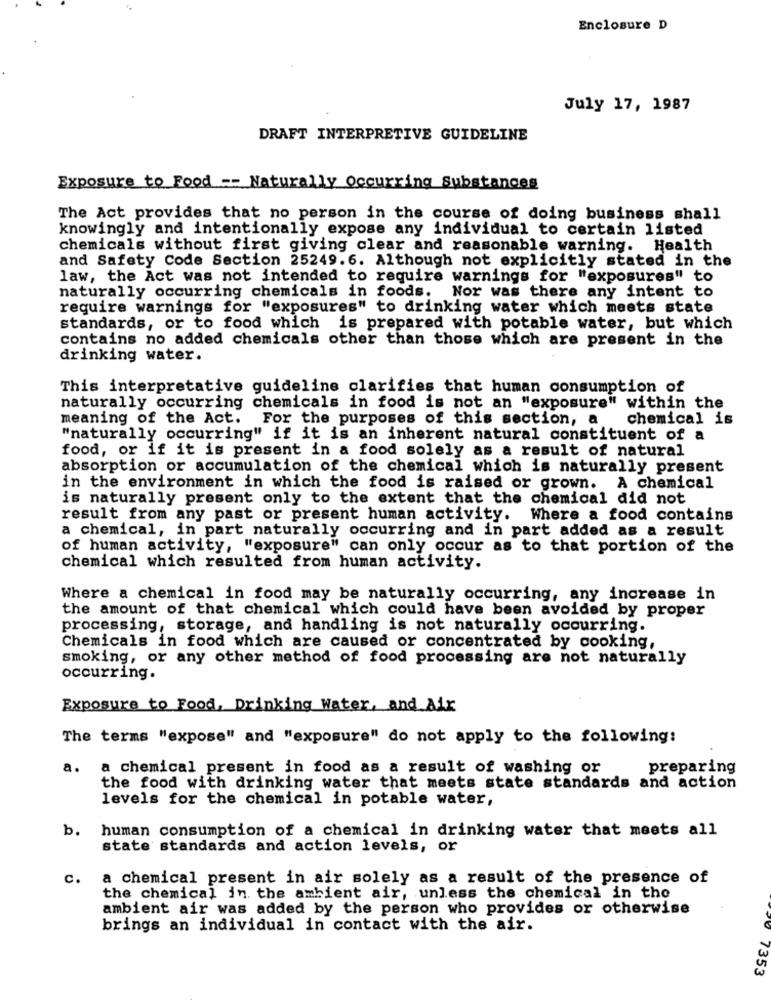
Enclosure D
July 17, 1987
DRAFT INTERPRETIVE GUIDELINE
Exposure to Food -- Naturally Occurring Substances
The Act provides that no person in the course of doing business shall
knowingly and intentionally expose any individual to certain listed
chemicals without first giving clear and reasonable warning. Health
and Safety Code Section 25249.6. Although not explicitly stated in the
law, the Act was not intended to require warnings for "exposures" to
naturally occurring chemicals in foods. Nor was there any intent to
require warnings for "exposures" to drinking water which meets state
standards, or to food which is prepared with potable water, but which
contains no added chemicals other than those which are present in the
drinking water.
This interpretative guideline clarifies that human consumption of
naturally occurring chemicals in food is not an "exposure" within the
meaning of the Act. For the purposes of this section, a
chemical is
"naturally occurring" if it is an inherent natural constituent of a
food, or if it is present in a food solely as a result of natural
absorption or accumulation of the chemical which is naturally present
in the environment in which the food is raised or grown. A chemical
is naturally present only to the extent that the chemical did not
result from any past or present human activity. Where a food contains
a chemical, in part naturally occurring and in part added as a result
of human activity, "exposure" can only occur as to that portion of the
chemical which resulted from human activity.
Where a chemical in food may be naturally occurring, any increase in
the amount of that chemical which could have been avoided by proper
processing, storage, and handling is not naturally occurring.
Chemicals in food which are caused or concentrated by cooking,
smoking, or any other method of food processing are not naturally
occurring.
Exposure to Food, Drinking Water, and Air
The terms "expose" and "exposure" do not apply to the following:
a.
a chemical present in food as a result of washing or
preparing
the food with drinking water that meets state standards and action
levels for the chemical in potable water,
b.
human consumption of a chemical in drinking water that meets all
state standards and action levels, or
c.
a chemical present in air solely as a result of the presence of
the chemical in the ambient air, unless the chemical in the
ambient air was added by the person who provides or otherwise
brings an individual in contact with the air.
7353